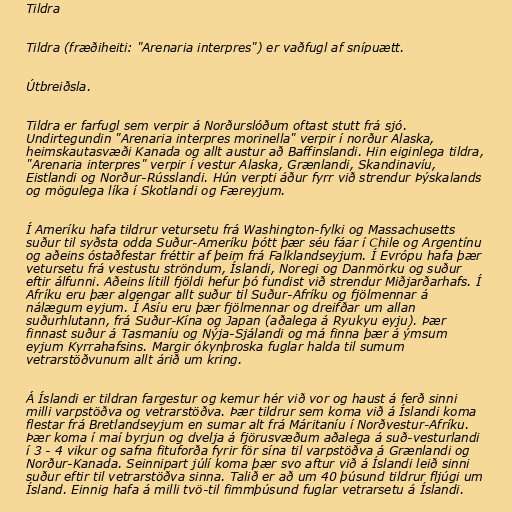
Tildra

Tildra (fræðiheiti: "Arenaria interpres") er vaðfugl af snípuætt.

Útbreiðsla.

Tildra er farfugl sem verpir á Norðurslóðum oftast stutt frá sjó.
Undirtegundin "Arenaria interpres morinella" verpir í norður Alaska,
heimskautasvæði Kanada og allt austur að Baffinslandi. Hin eiginlega tildra,
"Arenaria interpres" verpir í vestur Alaska, Grænlandi, Skandinavíu,
Eistlandi og Norður-Rússlandi. Hún verpti áður fyrr við strendur Þýskalands
og mögulega líka í Skotlandi og Færeyjum.

Í Ameríku hafa tildrur vetursetu frá Washington-fylki og Massachusetts
suður til syðsta odda Suður-Ameríku þótt þær séu fáar í Chile og Argentínu
og aðeins óstaðfestar fréttir af þeim frá Falklandseyjum. Í Evrópu hafa þær
vetursetu frá vestustu ströndum, Íslandi, Noregi og Danmörku og suður
eftir álfunni. Aðeins lítill fjöldi hefur þó fundist við strendur Miðjarðarhafs. Í
Afríku eru þær algengar allt suður til Suður-Afríku og fjölmennar á
nálægum eyjum. Í Asíu eru þær fjölmennar og dreifðar um allan
suðurhlutann, frá Suður-Kína og Japan (aðalega á Ryukyu eyju). Þær
finnast suður á Tasmaníu og Nýja-Sjálandi og má finna þær á ýmsum
eyjum Kyrrahafsins. Margir ókynþroska fuglar halda til sumum
vetrarstöðvunum allt árið um kring.

Á Íslandi er tildran fargestur og kemur hér við vor og haust á ferð sinni
milli varpstöðva og vetrarstöðva. Þær tildrur sem koma við á Íslandi koma
flestar frá Bretlandseyjum en sumar alt frá Máritaníu í Norðvestur-Afríku.
Þær koma í maí byrjun og dvelja á fjörusvæðum aðalega á suð-vesturlandi
í 3 - 4 vikur og safna fituforða fyrir för sína til varpstöðva á Grænlandi og
Norður-Kanada. Seinnipart júlí koma þær svo aftur við á Íslandi leið sinni
suður eftir til vetrarstöðva sinna. Talið er að um 40 þúsund tildrur fljúgi um
Ísland. Einnig hafa á milli tvö-til fimmþúsund fuglar vetrarsetu á Íslandi.